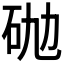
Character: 𰦮